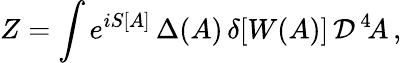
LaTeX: Z=\int e^{iS[A]}\, \Delta(A)\, \delta[W(A)]\, {\cal D}^{\, 4}\! A\, ,